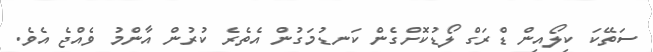
ސަތޭކަ ކިލޯއިން ޑްރަގް ލޯޑުކޮށްގެން ކަނޑުމަގުން އެތެރެ ކުރުން އާންމު ވެއްޖެ އެވެ.